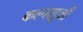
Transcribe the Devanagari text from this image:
कल्पसूत्रौं